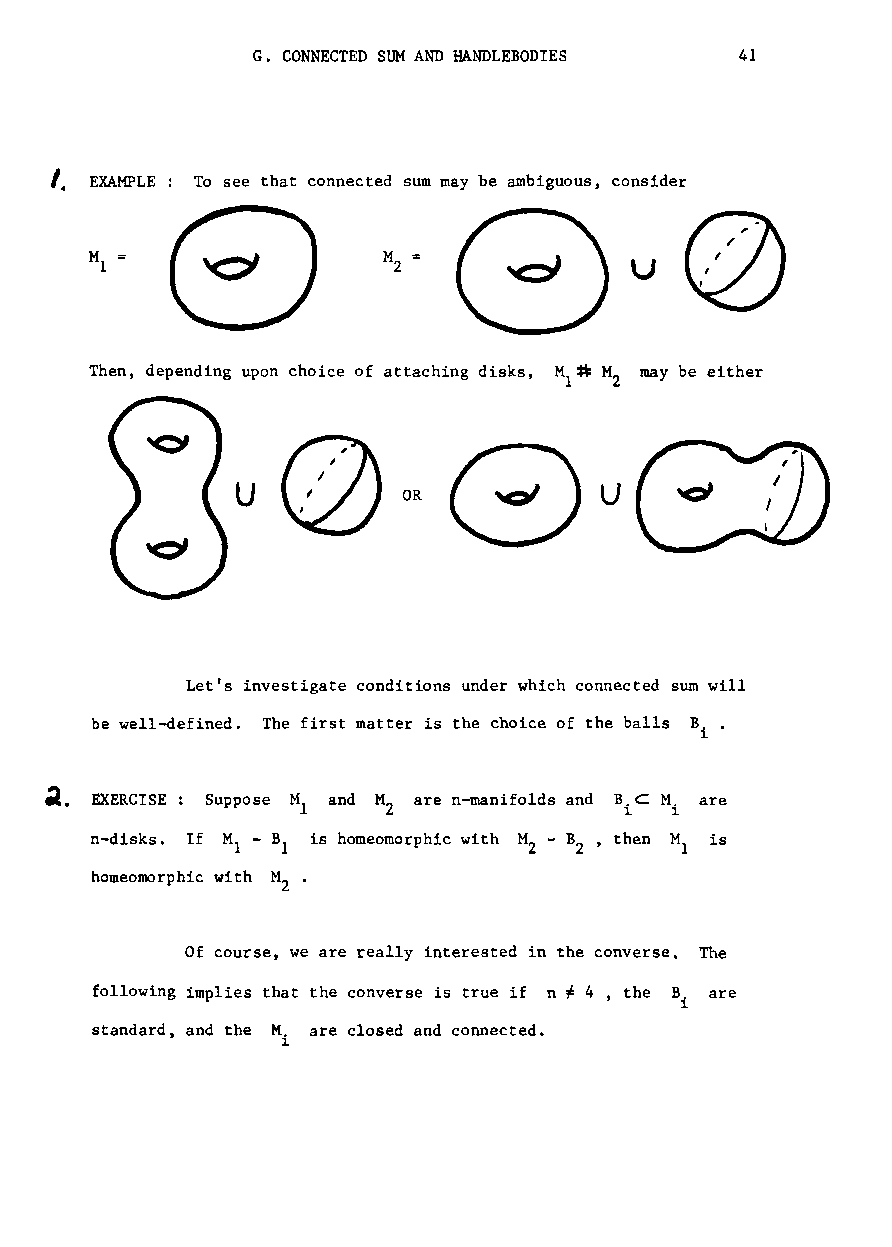
G. CONNECTED SUM AND HANDLEBODIES 41
 I.
 EXAMPLE To see that connected sum may be ambiguous, consider
 u
 Then, depending upon choice of attaching disks, M ~ M may be either
 I   2
 u                       u
 OR
 Let's investigate conditions under which connected sum will
 be well-defined. The first matter is the choice of the balls B..
 1
 EXERCISE Suppose M 1 and M 2 are n-manifolds and B ~.C M 1. . are
 n-disks. If M - HI is homeomorphic with M - B ' then M is
 1                  2  2      1
 homeomorphic with M •
 2
 Of course, we are really interested in the converse. The
 following implies that the converse is true if n # 4 , the B. are
 1
 standard, and the M. are closed and connected.
 1